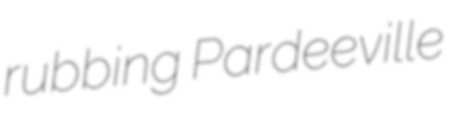
rubbing Pardeeville